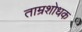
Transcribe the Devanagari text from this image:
ताम्रशोधक